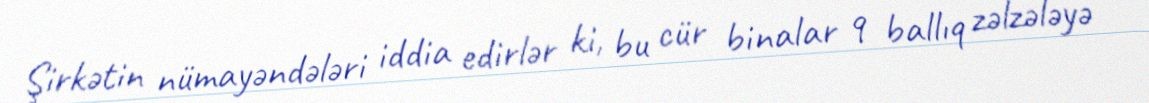
Şirkətin nümayəndələri iddia edirlər ki, bu cür binalar 9 ballıq zəlzələyə